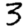
Digit: 3